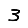
Digit: 3